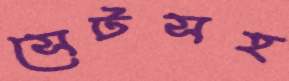
সেটসহ